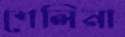
শেলিনা